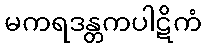
မကရဒန္တကပါဋိကံ